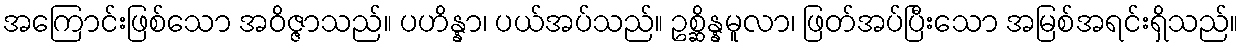
အကြောင်းဖြစ်သော အဝိဇ္ဇာသည်။ ပဟိန္နာ၊ ပယ်အပ်သည်။ ဥစ္ဆိန္နမူလာ၊ ဖြတ်အပ်ပြီးသော အမြစ်အရင်းရှိသည်။